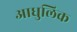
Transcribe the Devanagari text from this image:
आधुलिक